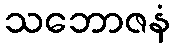
သဘောဇနံ